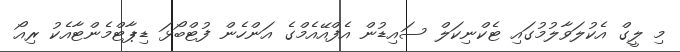
މި ލީގް އެކުލަވާލުމުގައި ޓެކްނިކަލް ސައިޑުން އެފްއޭއެމްގެ އަންހެން ފުޓްބޯޅަ ޑިޕާޓްމެންޓާއެކު ރިއޯ